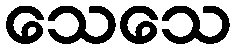
သေသေ